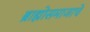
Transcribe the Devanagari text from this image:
ब्राह्मोसमाजाचे